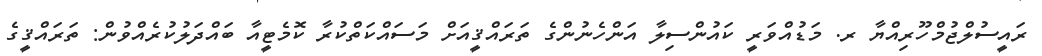
ރައީސުލްޖުމްހޫރިއްޔާ ރ. މަޑުއްވަރީ ކައުންސިލާ އަންހެނުންގެ ތަރައްޤީއަށް މަސައްކަތްކުރާ ކޮމެޓީއާ ބައްދަލުކުރެއްވުން: ތަރައްޤީގެ